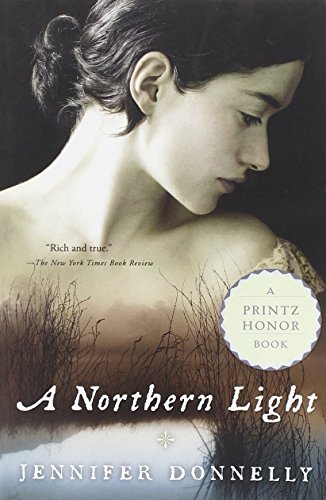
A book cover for A Northern Light; Jennifer Donnelly; Teen & Young Adult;